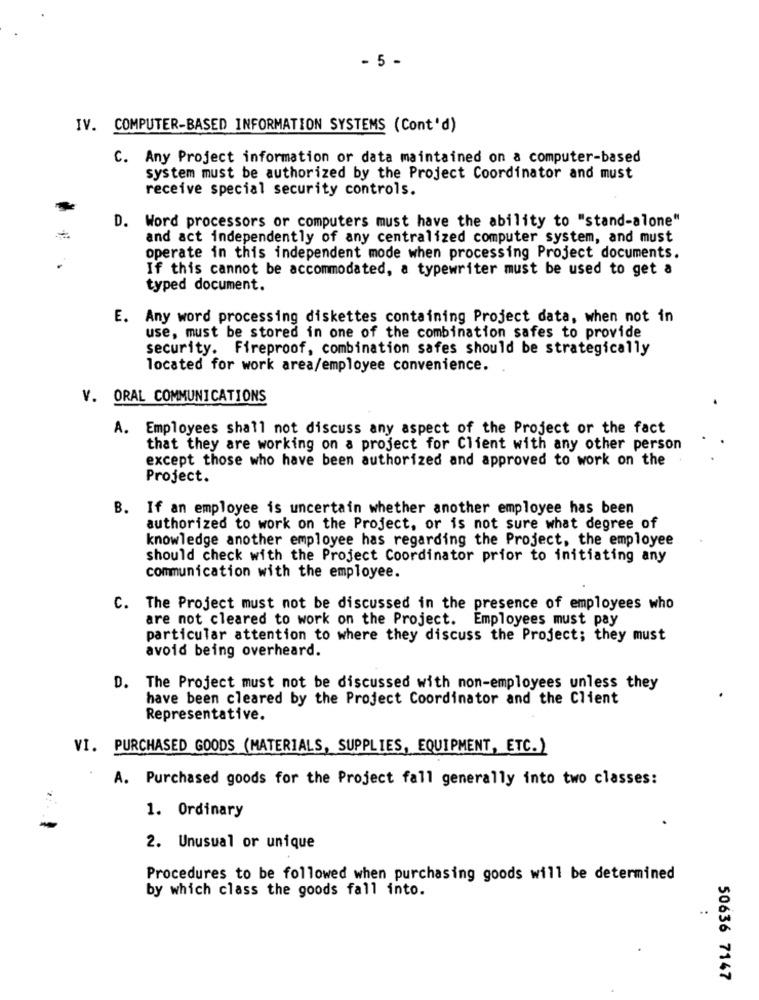
- 5 -
IV. COMPUTER-BASED INFORMATION SYSTEMS (Cont'd)
C. Any Project information or data maintained on a computer-based
system must be authorized by the Project Coordinator and must
receive special security controls.
D. Word processors or computers must have the ability to "stand-alone"
and act independently of any centralized computer system, and must
operate in this independent mode when processing Project documents.
If this cannot be accommodated, a typewriter must be used to get a
typed document.
E. Any word processing diskettes containing Project data, when not in
use, must be stored in one of the combination safes to provide
security. Fireproof, combination safes should be strategically
located for work area/employee convenience.
V. ORAL COMMUNICATIONS
A. Employees shall not discuss any aspect of the Project or the fact
that they are working on a project for Client with any other person
except those who have been authorized and approved to work on the
Project.
B. If an employee is uncertain whether another employee has been
authorized to work on the Project, or is not sure what degree of
knowledge another employee has regarding the Project, the employee
should check with the Project Coordinator prior to initiating any
communication with the employee.
The Project must not be discussed in the presence of employees who
are not cleared to work on the Project. Employees must pay
particular attention to where they discuss the Project; they must
avoid being overheard.
D. The Project must not be discussed with non-employees unless they
have been cleared by the Project Coordinator and the Client
Representative.
VI. PURCHASED GOODS (MATERIALS, SUPPLIES, EQUIPMENT, ETC.)
A. Purchased goods for the Project fall generally into two classes:
1. Ordinary
2. Unusual or unique
Procedures to be followed when purchasing goods will be determined
by which class the goods fall into.
..
50636 7147